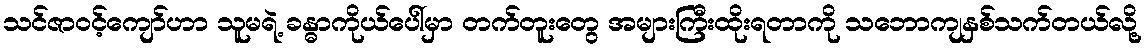
သင်ဇာဝင့်ကျော်ဟာ သူမရဲ့ ခန္ဓာကိုယ်ပေါ်မှာ တက်တူးတွေ အများကြီးထိုးရတာကို သဘောကျနှစ်သက်တယ်လို့